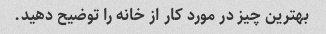
بهترین چیز در مورد کار از خانه را توضیح دهید.